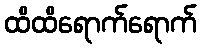
ထိထိရောက်ရောက်